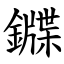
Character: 䥡